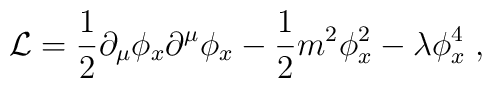
{\cal L}={\frac {1}{2}}\partial_\mu \phi_x \partial^\mu \phi_x-                      {\frac {1}{2}}m^2\phi_x^2 - \lambda\phi_x^4 \; ,